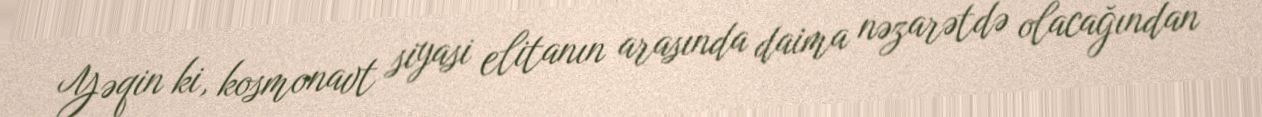
Yəqin ki, kosmonavt siyasi elitanın arasında daima nəzarətdə olacağından